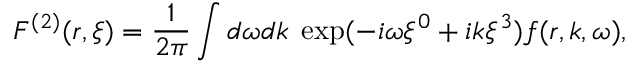
F ^ { ( 2 ) } ( r , \xi ) = \frac { 1 } { 2 \pi } \int d \omega d k \; \exp ( - i \omega \xi ^ { 0 } + i k \xi ^ { 3 } ) f ( r , k , \omega ) ,